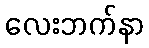
လေးဘက်နာ